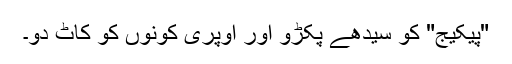
"پیکیج" کو سیدھے پکڑو اور اوپری کونوں کو کاٹ دو۔